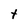
Character: t